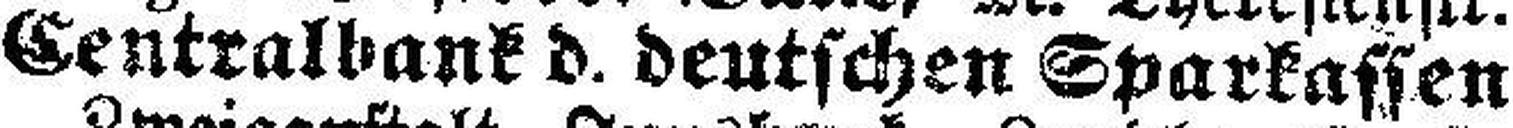
Centralbank d. deutschen Sparkassen